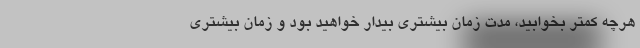
هرچه کمتر بخوابید، مدت زمان بیشتری بیدار خواهید بود و زمان بیشتری